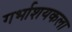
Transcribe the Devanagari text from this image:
गर्भाशयकला